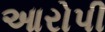
આરોપી